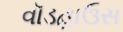
વૉડહાઉસ